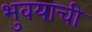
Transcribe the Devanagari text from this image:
भुवयाची